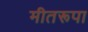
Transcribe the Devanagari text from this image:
मीतरूपा